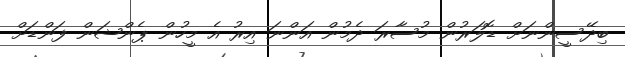
ބިދޭސީންނަށް ޑޮލަރުން މުސާރަ ދެމުން އަންނަ އިރު އެ މީހުން ޕެންޝަން ފަންޑަށް